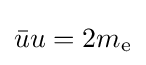
{\bar {u}}u=2m_{\text{e}}